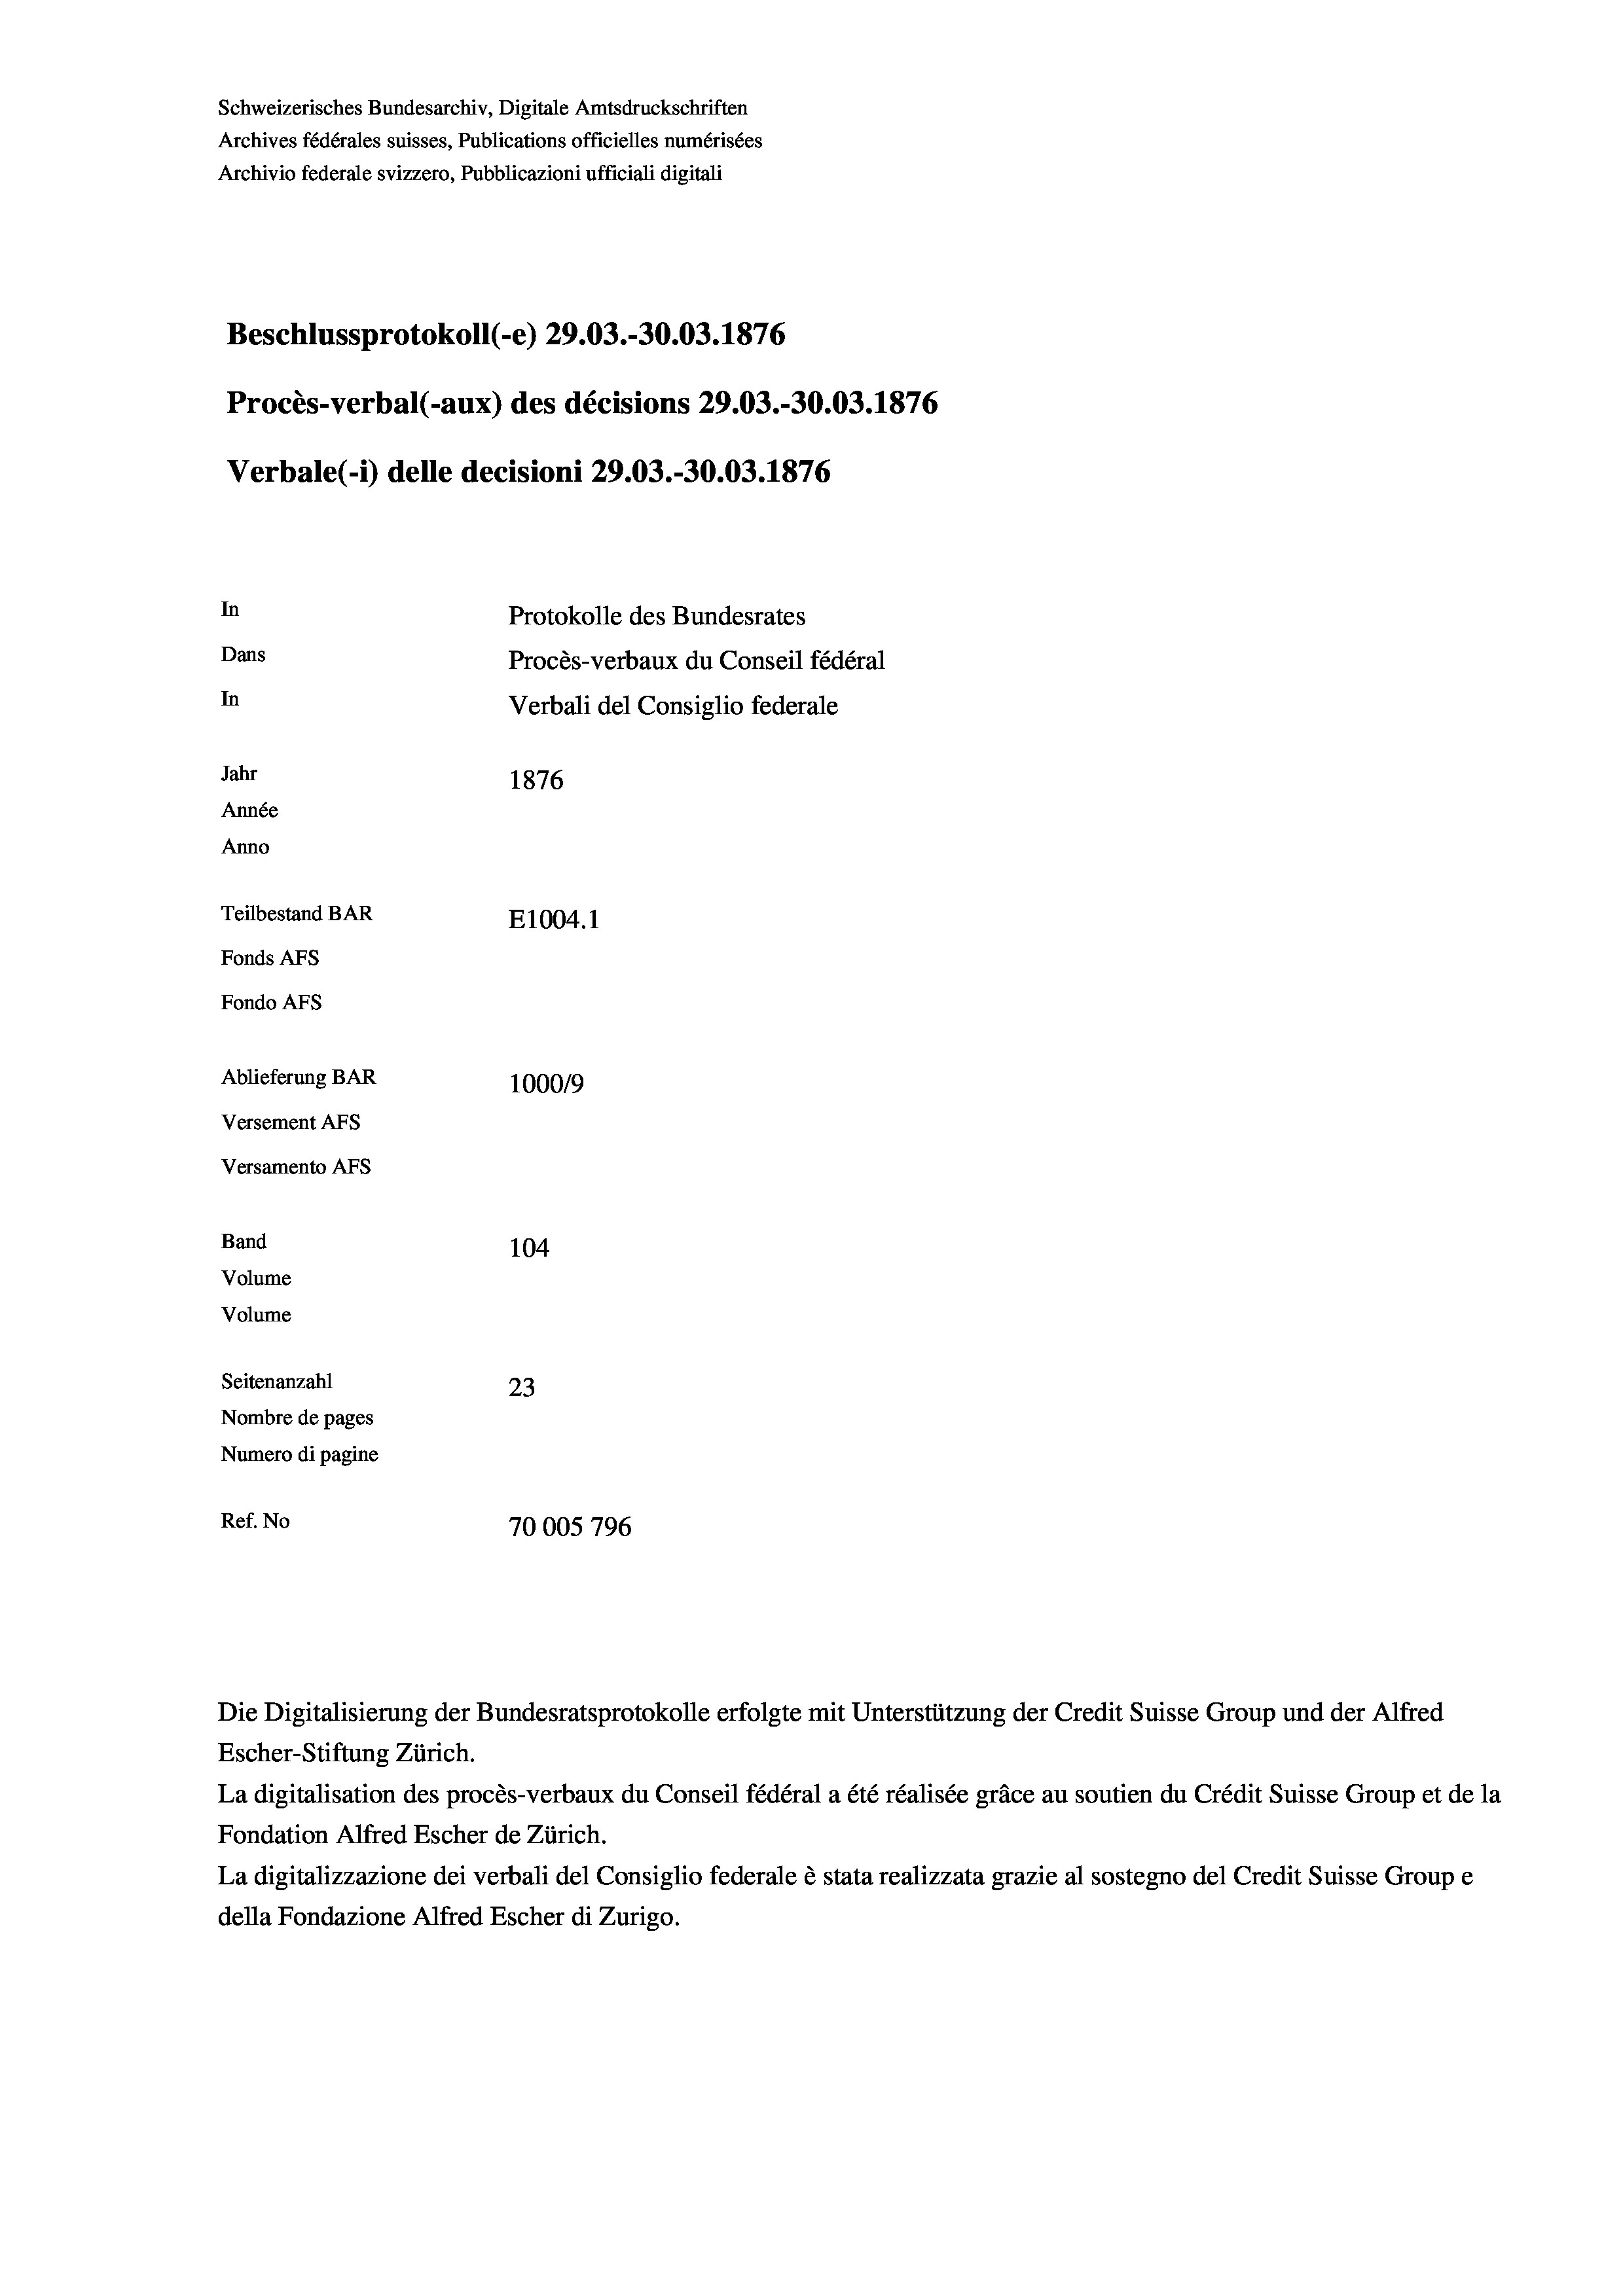
Schweizerisches Bundesarchiv, Digitale Amtsdruckschriften
Archives fédérales suisses, Publications officielles numérisées
Archivio federale svizzero, Pubblicazioni ufficiali digitali
Beschlussprotokoll (-e) 29.03.-30.03. 1876
Procès-verbal (-aux) des décisions 29.03.-30.03. 1876
Verbale(-*) delle decisioni 29.03.-30.03. 1876
In
Protokolle des Bundesrates
Dans
Procès-verbaux du Conseil fédéral
In
Verbali del Consiglio federale
Jahr
1876
Année
Anno
Teilbestand BAR
E1004.1
Fonds AFs
Fondo Afs
Ablieferung BAR
100019
Versement AFs
Versamento Afs
Band
104
Volume

Volume
Seitenanzahl
23
Nombre de pages
Numero di pagine
Ref. No
70005 796

Die Digitalisierung der Bundesratsprotokolle erfolgte mit Unterstützung der Credit Suisse Group und der Alfred
Escher-Stiftung Zürich.
La digitalisation des procès-verbaux du Conseil fédéral a été réalisée gräce au soutien du Crédit Suisse Group et de la
Fondation Alfred Escher de Zürich.
La digitalizzazione dei verbali del Consiglio federale è stata realizzata grazie al sostegno del Credit Suisse Groupe
della Fondazione Alfred Escher di Zurigo.